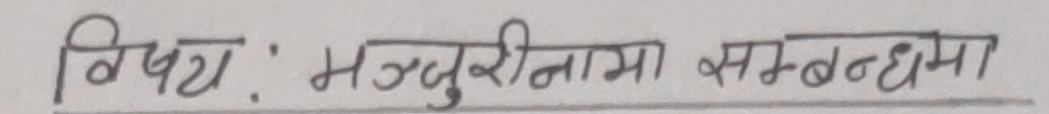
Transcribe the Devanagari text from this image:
विषय : मञ्जुरीनामा सम्बन्धमा